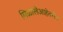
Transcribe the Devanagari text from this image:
मिळालेआहेतसेच